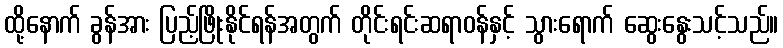
ထို့နောက် ခွန်အား ပြည့်ဖြိုးနိုင်ရန်အတွက် တိုင်းရင်းဆရာဝန်နှင့် သွားရောက် ဆွေးနွေးသင့်သည်။